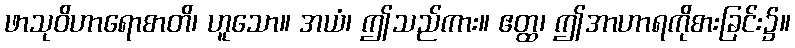
ဖာသုဝိဟာရောစာတိ၊ ဟူသော။ အယံ၊ ဤသည်ကား။ ဧတ္ထ၊ ဤအာဟာရကိုစားခြင်း၌။